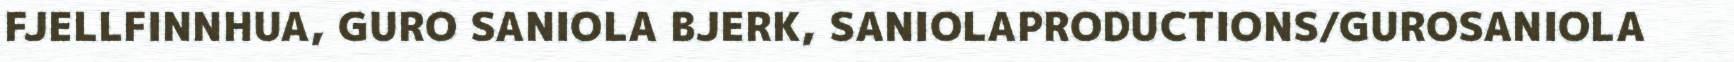
FJELLFINNHUA, GURO SANIOLA BJERK, SANIOLAPRODUCTIONS/GUROSANIOLA